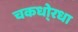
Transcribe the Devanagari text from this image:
चकधो्रधा